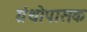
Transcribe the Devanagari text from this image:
ग्रंथोपासक